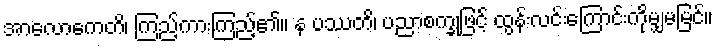
အာလောကေတိ၊ ကြည့်ကားကြည့်၏။ န ပဿတိ၊ ပညာစက္ခုဖြင့် ထွန်းလင်းကြောင်းကိုမျှမမြင်။